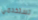
تستخدمي